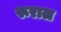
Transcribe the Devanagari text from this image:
रूराल